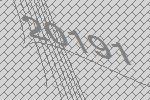
20191